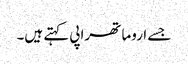
جسے اروما تھراپی کہتے ہیں۔